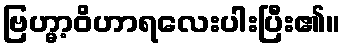
ဗြဟ္မာ့ဝိဟာရလေးပါးပြီး၏။